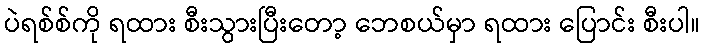
ပဲရစ်စ်ကို ရထား စီးသွားပြီးတော့ ဘေစယ်မှာ ရထား ပြောင်း စီးပါ။